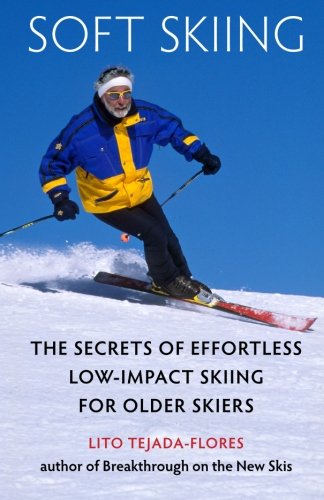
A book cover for Soft Skiing: The Secrets of Effortless, Low-Impact Skiing for Older Skiers; Lito Tejada-Flores; Sports & Outdoors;